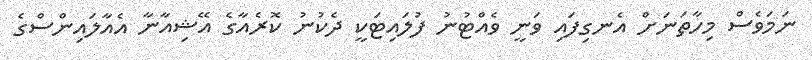
ނަމަވެސް މިހާތަނަށް އެނގިފައި ވަނީ ވެއްޓުނު ފުލައިޓަކީ ދެކުނު ކޮރެއާގެ އޭޝިއާނާ އެއާލައިންސްގެ